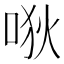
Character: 唙